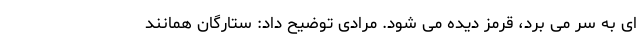
ای به سر می برد، قرمز دیده می شود. مرادی توضیح داد: ستارگان همانند